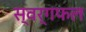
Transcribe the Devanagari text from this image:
स्वर्गफल